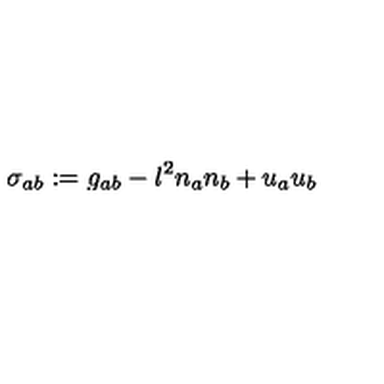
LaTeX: \sigma _ { a b } : = g _ { a b } - l ^ { 2 } n _ { a } n _ { b } + u _ { a } u _ { b }